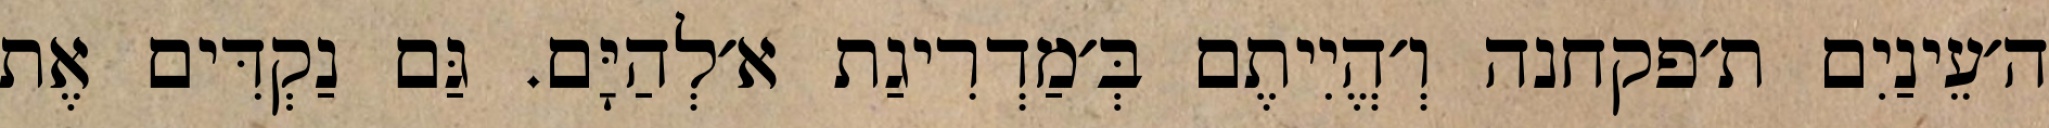
ה׳עֵינַיִם ת׳פקחנה וְ׳הֱיִיתֶם בְּ׳מַדְרִיגַת א׳לְהַיָּם. גַּם נַקְדִּים אֶת